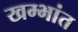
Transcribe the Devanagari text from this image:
खम्भांत